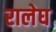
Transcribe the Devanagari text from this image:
रालेघ